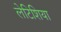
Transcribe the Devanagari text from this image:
लेटिशिया